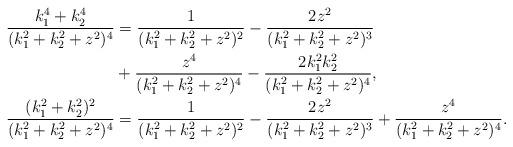
LaTeX: \begin{align*}\frac{k_1^4+k_2^4}{(k_1^2+k_2^2+z^2)^4}&= \frac{1}{(k_1^2+k_2^2+z^2)^2}- \frac{2 z^2}{(k_1^2+k_2^2+z^2)^3} \\ &+ \frac{z^4}{(k_1^2+k_2^2+z^2)^4}- \frac{2 k_1^2k_2^2}{(k_1^2+k_2^2+z^2)^4}, \\ \frac{(k_1^2+k_2^2)^2}{(k_1^2+k_2^2+z^2)^4} &= \frac{1}{(k_1^2+k_2^2+z^2)^2}-\frac{2z^2}{(k_1^2+k_2^2+z^2)^3}+\frac{z^4}{(k_1^2+k_2^2+z^2)^4}. \end{align*}